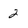
Character: 2